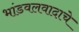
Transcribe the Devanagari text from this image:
भांडवलवादाचे